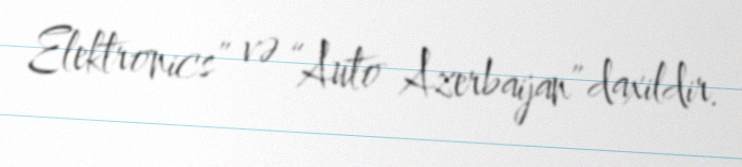
Elektronics” və “Auto Azerbaijan” daxildir.